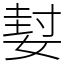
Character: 㜂